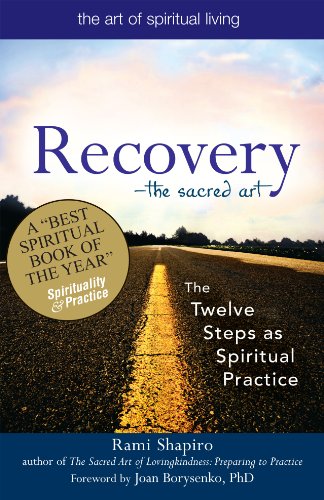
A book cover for RecoveryThe Sacred Art: The Twelve Steps as Spiritual Practice (The Art of Spiritual Living); Rabbi Rami Shapiro; Health, Fitness & Dieting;